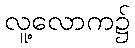
လူ့လောက၌